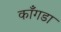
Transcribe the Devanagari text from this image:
काँगडा